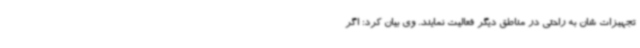
تجهیزات شان به راحتی در مناطق دیگر فعالیت نمایند. وی بیان کرد: اگر